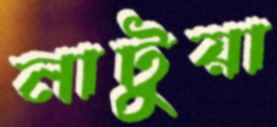
নাটুয়া